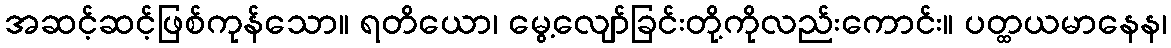
အဆင့်ဆင့်ဖြစ်ကုန်သော။ ရတိယော၊ မွေ့လျော်ခြင်းတို့ကိုလည်းကောင်း။ ပတ္ထယမာနေန၊